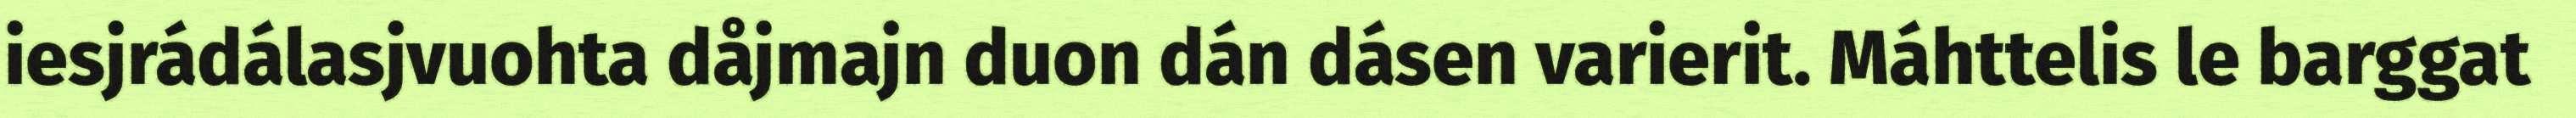
iesjrádálasjvuohta dåjmajn duon dán dásen varierit. Máhttelis le barggat